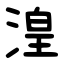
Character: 湟